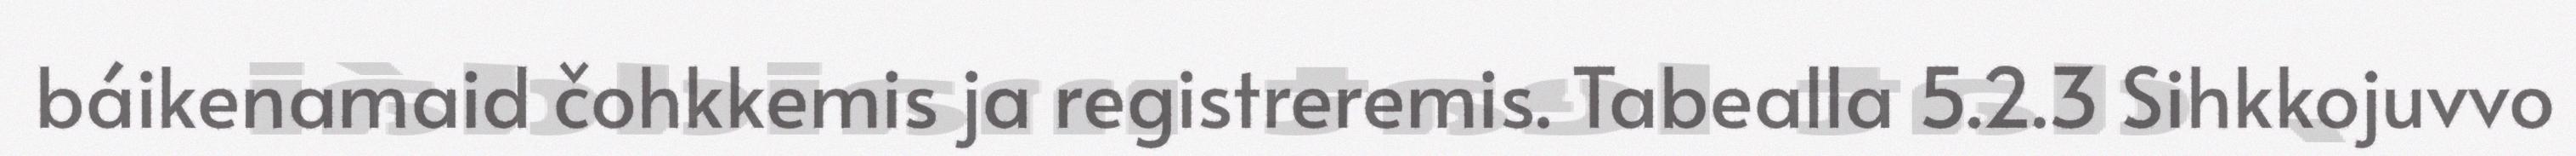
báikenamaid čohkkemis ja registreremis. Tabealla 5.2.3 Sihkkojuvvo